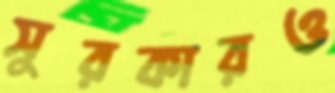
সুরকারও